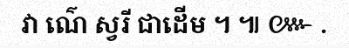
វា ណ៌េ ស្វរី ជាដើម ។ ៕ ៚ .